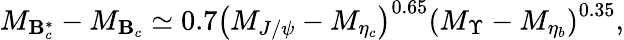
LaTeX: M_{\mathbf{B}_{c}^{*}}-M_{\mathbf{B}_{c}}\simeq0.7\left(M_{J/\psi}-M_{\eta_{c}}\right)^{0.65}\left(M_{\Upsilon}-M_{\eta_{b}}\right)^{0.35},